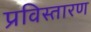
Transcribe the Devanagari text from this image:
प्रविस्तारण